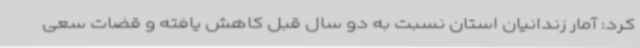
کرد: آمار زندانیان استان نسبت به دو سال قبل کاهش یافته و قضات سعی